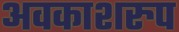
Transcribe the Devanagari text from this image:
अवकाशरुप